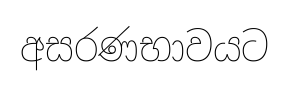
අසරණභාවයට